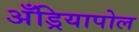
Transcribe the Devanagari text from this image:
अँड्रियापोल